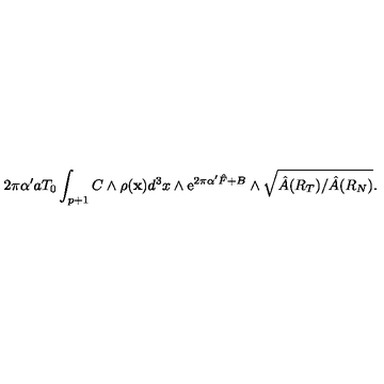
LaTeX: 2 \pi \alpha ^ { \prime } a T _ { 0 } \int _ { p + 1 } C \wedge \rho ( { \bf x } ) d ^ { 3 } x \wedge \mathrm { e } ^ { 2 \pi \alpha ^ { \prime } { \hat { F } } + B } \wedge \sqrt { \hat { A } ( R _ { T } ) / \hat { A } ( R _ { N } ) } .